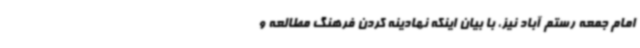
امام جمعه رستم آباد نیز، با بیان اینکه نهادینه کردن فرهنگ مطالعه و